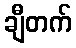
ချီတက်